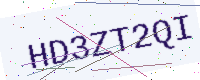
Text: HD3ZT2QI